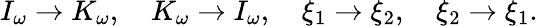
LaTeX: I_{\omega}\rightarrow K_{\omega},\quad K_{\omega}\rightarrow I_{\omega},\quad\xi_{1}\rightarrow\xi_{2},\quad\xi_{2}\rightarrow\xi_{1}.